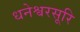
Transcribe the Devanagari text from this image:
धनेश्वरसूरि